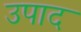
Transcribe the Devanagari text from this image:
उपाद